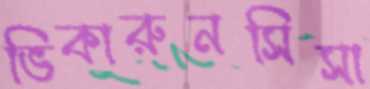
ভিকারুনসিসা